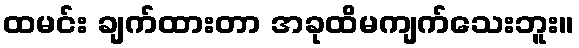
ထမင်း ချက်ထားတာ အခုထိမကျက်သေးဘူး။